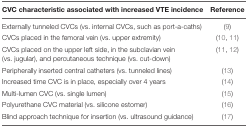
<table><thead><tr><td><b>CVC characteristic associated with increased VTE incidence</b></td><td><b>Reference</b></td></tr></thead><tbody><tr><td>Externally tunneled CVCs (vs. internal CVCs, such as port-a-caths)</td><td>(9)</td></tr><tr><td>CVCs placed in the femoral vein (vs. upper extremity)</td><td>(10, 11)</td></tr><tr><td>CVCs placed on the upper left side, in the subclavian vein (vs. jugular), and percutaneous technique (vs. cut-down)</td><td>(11, 12)</td></tr><tr><td>Peripherally inserted central catheters (vs. tunneled lines)</td><td>(13)</td></tr><tr><td>Increased time CVC is in place, especially over 4 years</td><td>(14)</td></tr><tr><td>Multi-lumen CVC (vs. single lumen)</td><td>(15)</td></tr><tr><td>Polyurethane CVC material (vs. silicone estomer)</td><td>(16)</td></tr><tr><td>Blind approach technique for insertion (vs. ultrasound guidance)</td><td>(17)</td></tr></tbody></table>